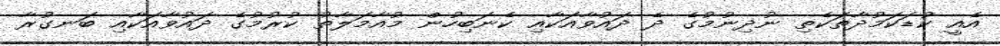
އެއީ ކުޑަކަމުދާތަކެތި ނުދިނުމުގެ ދެ ދައުވާއަކާއި ކެނަބިހުން މުއާމަލާތު ކުރުމުގެ ދައުވާއަކާއި ބަނގުރާ